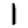
Digit: 1